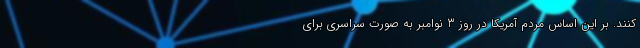
‌کنند. بر این اساس مردم آمریکا در روز 3 نوامبر به صورت سراسری برای